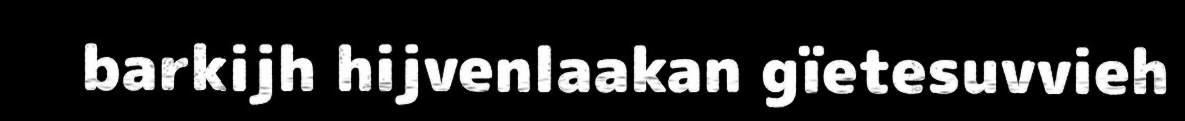
barkijh hijvenlaakan gïetesuvvieh